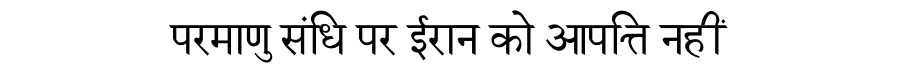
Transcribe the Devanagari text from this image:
परमाणु संधि पर ईरान को आपत्ति नहीं